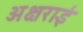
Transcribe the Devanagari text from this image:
अक्षराई